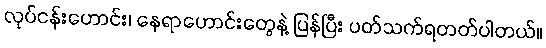
လုပ်ငန်းဟောင်း၊ နေရာဟောင်းတွေနဲ့ ပြန်ပြီး ပတ်သက်ရတတ်ပါတယ်။